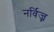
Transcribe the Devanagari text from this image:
नर्विज्न